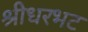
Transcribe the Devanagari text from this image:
श्रीधरभट